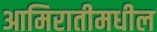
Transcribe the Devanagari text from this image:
आमिरातीमधील